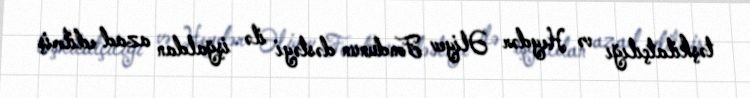
təşkilatçılığı və Heydər Əliyev Fondunun dəstəyi ilə işğaldan azad edilmiş